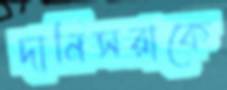
দানিসরাকে